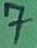
Text: 7